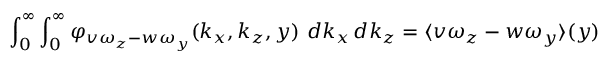
\int _ { 0 } ^ { \infty } \int _ { 0 } ^ { \infty } \varphi _ { v \omega _ { z } - w \omega _ { y } } ( k _ { x } , k _ { z } , y ) \ d k _ { x } \, d k _ { z } = \langle { v \omega _ { z } } - { w \omega _ { y } } \rangle ( y )